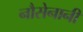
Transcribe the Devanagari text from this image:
नौसेनानी